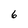
Character: 6